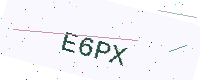
Text: E6PX